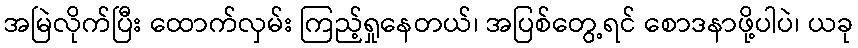
အမြဲလိုက်ပြီး ထောက်လှမ်း ကြည့်ရှုနေတယ်၊ အပြစ်တွေ့ရင် စောဒနာဖို့ပါပဲ၊ ယခု